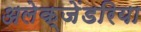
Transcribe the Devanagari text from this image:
अलेक्जेंडरिया